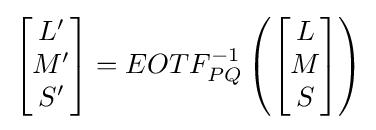
{\begin{bmatrix}L'\\M'\\S'\end{bmatrix}}=EOTF_{PQ}^{-1}\left({\begin{bmatrix}L\\M\\S\end{bmatrix}}\right)